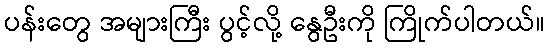
ပန်းတွေ အများကြီး ပွင့်လို့ နွေဦးကို ကြိုက်ပါတယ်။